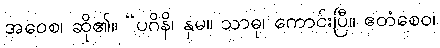
အဝေစ၊ ဆို၏။ “ပဂိနိ၊ နှမ။ သာဓု၊ ကောင်းပြီ။ ဧတံစေဝ၊